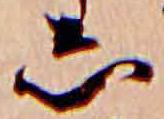
し